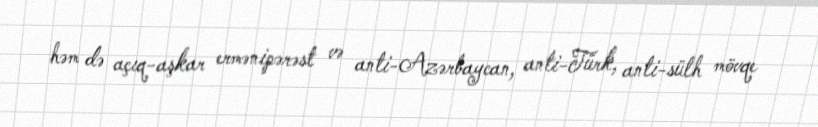
həm də açıq-aşkar ermənipərəst və anti-Azərbaycan, anti-Türk, anti-sülh mövqe